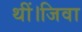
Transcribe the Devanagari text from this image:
थीं।जिवा